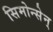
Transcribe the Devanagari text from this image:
सिमोन्सेन्